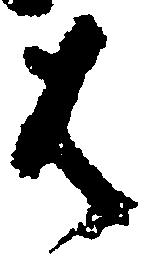
は